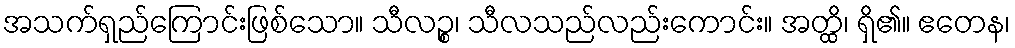
အသက်ရှည်ကြောင်းဖြစ်သော။ သီလဉ္စ၊ သီလသည်လည်းကောင်း။ အတ္ထိ၊ ရှိ၏။ ဧတေန၊